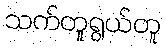
သက်တူရွယ်တူ